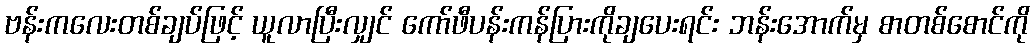
ဗန်းကလေးတစ်ချပ်ဖြင့် ယူလာပြီးလျှင် ကော်ဖီပန်းကန်ပြားကိုချပေးရင်း ဘန်းအောက်မှ စာတစ်စောင်ကို